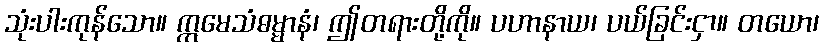
သုံးပါးကုန်သော။ ဣမေသံဓမ္မာနံ၊ ဤတရားတို့ကို။ ပဟာနာယ၊ ပယ်ခြင်းငှာ။ တယော၊